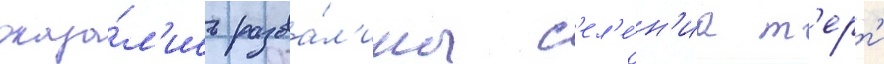
оказа́л'ись разва́л'ины с'ел'е́н'иа т'ерт'и